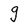
Character: g